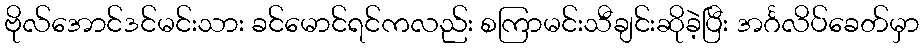
ဗိုလ်အောင်ဒင်မင်းသား ခင်မောင်ရင်ကလည်း စကြာမင်းသီချင်းဆိုခဲ့ပြီး အင်္ဂလိပ်ခေတ်မှာ